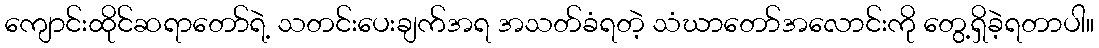
ကျောင်းထိုင်ဆရာတော်ရဲ့ သတင်းပေးချက်အရ အသတ်ခံရတဲ့ သံဃာတော်အလောင်းကို တွေ့ရှိခဲ့ရတာပါ။